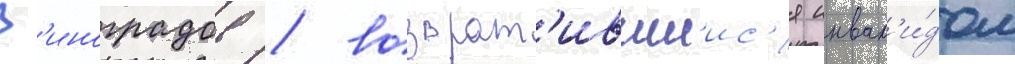
В'иноградов / возврат'ившиис'я инвал'и́дом